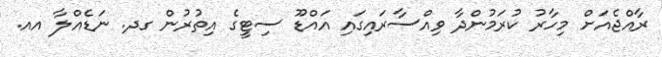
ރާއްޖެއަށް މިހާރު ކުރަމުންދާ ވިއްސާރައިގައި އައްޑޫ ސިޓީގެ އިތުރުން ގދ. ނަޑެއްލާ އއ.